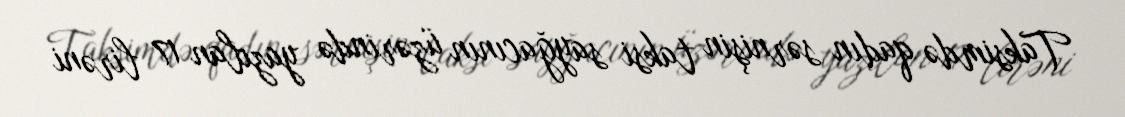
Taksimdə qadın sərnişin taksi sayğacının üzərində yazılan 17 lirəni